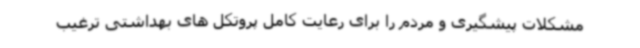
مشکلات پیشگیری و مردم را برای رعایت کامل پروتکل های بهداشتی ترغیب